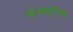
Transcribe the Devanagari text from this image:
भोजपुरीचा